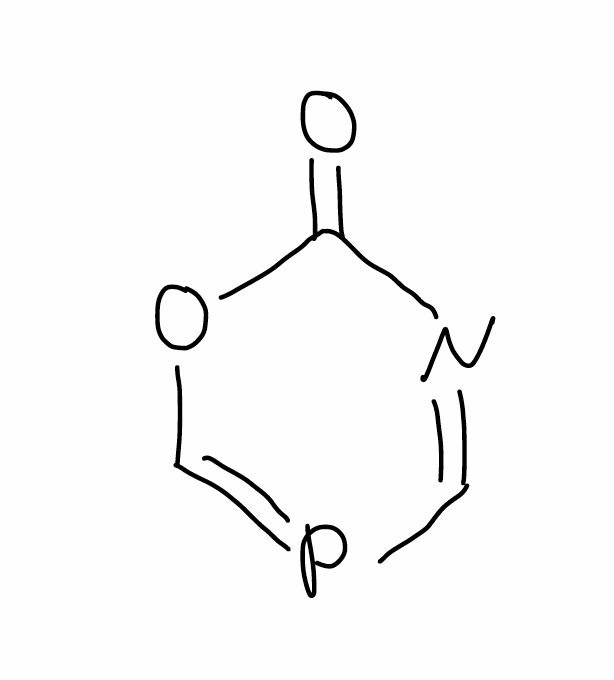
Simplified molecular-input line-entry system (SMILES) notation of the given molecule:
C1=NC(=O)OC=P1